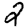
Digit: 2